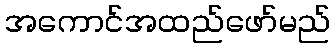
အကောင်အထည်ဖော်မည်